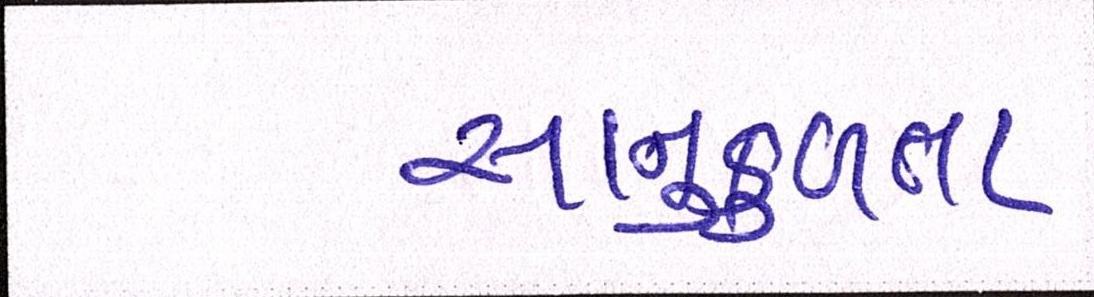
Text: સાનુકુળતા